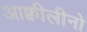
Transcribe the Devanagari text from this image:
आक्वीलीनो